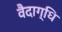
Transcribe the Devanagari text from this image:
वैदाग्धि